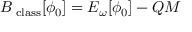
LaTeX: { \cal B _ { \mathrm { \tiny ~ c l a s s } } } [ \phi _ { 0 } ] = { \cal E } _ { \omega } [ \phi _ { 0 } ] - Q M